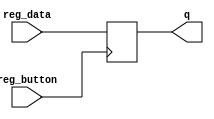
module register4
(
  input  [3:0] reg_data,
  input reg_button,
  output reg [3:0] q  
);
always @(posedge reg_button) 
     	 q <= reg_data;
endmodule

module R52 (Z_flag, PZ_flag, reset_count, counter, timer555, 
   RAM1_button, data_in, RAM1_out, RAM2_out, mux_switch_out, mux_out,Acc_out, data_out, Acc_dff);
  parameter ADDR_WIDTH = 4;
  parameter DATA_WIDTH = 12;
      
  input reset_count;
  input timer555;
  input RAM1_button;
  input [DATA_WIDTH-1:0] data_in;
  
  output [ADDR_WIDTH-1:0] counter;
  output [1:0] mux_switch_out;
  output [3:0] mux_out;
  output [3:0] Acc_out;
  output [3:0] data_out;
  output [DATA_WIDTH-1:0] RAM1_out;
  output [3:0] RAM2_out;
  output Z_flag, PZ_flag;
  output Acc_dff;
 
wire JMP_button, Z_JMP_button,PZ_JMP_button;
  assign JMP_button = RAM1_out[6];
  assign Z_JMP_button = RAM1_out[5];
  assign PZ_JMP_button = RAM1_out[4];   
  
wire Z_JMP,PZ_JMP;
 assign Z_JMP = Z_flag & Z_JMP_button;
 assign PZ_JMP = PZ_flag & PZ_JMP_button;   
 
//Counter
reg [ADDR_WIDTH-1:0] counter;
 always @ (posedge timer555 or posedge reset_count)
  if (reset_count)
		counter <= 4'b0000;  
  else if (JMP_button|Z_JMP|PZ_JMP)
		counter <= RAM1_out[3:0];  
  else
		counter <= counter + 4'b0001;

wire [ADDR_WIDTH-1:0] adr1;
 assign adr1 = counter;
//RAM1
reg [DATA_WIDTH-1:0] mem1 [2**ADDR_WIDTH-1:0]; 
    always @(posedge RAM1_button ) 
        mem1 [adr1] <= data_in;
 assign RAM1_out = mem1[adr1]; 
//RAM2_adr
wire [ADDR_WIDTH-1:0] adr2;
   assign adr2 = RAM1_out[2:0];
//RAM2_button
wire RAM2_button;
   assign RAM2_button = RAM1_out[11];
//RAM2	
reg [3:0] mem2 [2**ADDR_WIDTH-1:0]; 
    always @(posedge RAM2_button) 
	     mem2 [adr2] <= Acc_out;
 assign RAM2_out = mem2[adr2]; 		  
// sum 
wire [3:0] sum;
 assign sum =  Acc_out + RAM2_out;
//subtract
wire [3:0] subtract;
 assign subtract =  Acc_out - RAM2_out;
// MUX4
wire [1:0] mux_switch;
 assign mux_switch[0] = RAM1_out[7];
 assign mux_switch[1] = RAM1_out[8];
reg [3:0] MUX4; 
always @*
MUX4 = mux_switch[1] ? (mux_switch[0] ? RAM2_out : subtract)
: (mux_switch[0] ? sum : data_in[3:0]);

 assign mux_out = MUX4;
 assign mux_switch_out[0] = mux_switch[0];
 assign mux_switch_out[1] = mux_switch[1];
//Acc_button
wire Acc_button;
 assign Acc_button = RAM1_out[10];
// Acc_dff
reg Acc_dff;
always @(negedge timer555)
   Acc_dff <= Acc_button;  
//Acc
register4 Acc_reg(
	.reg_data(mux_out),
      //.reg_button(Acc_button & timer555),
	.reg_button(Acc_dff), 
	.q(Acc_out)
);
//data_out
wire Output_button;
 assign Output_button = RAM1_out[9];
register4 Output_reg(
	.reg_data(Acc_out),
	.reg_button(Output_button),
	.q(data_out)
);
// flags
 assign Z_flag =  ~(|Acc_out);
 assign PZ_flag =  ~Acc_out[3];
endmodule